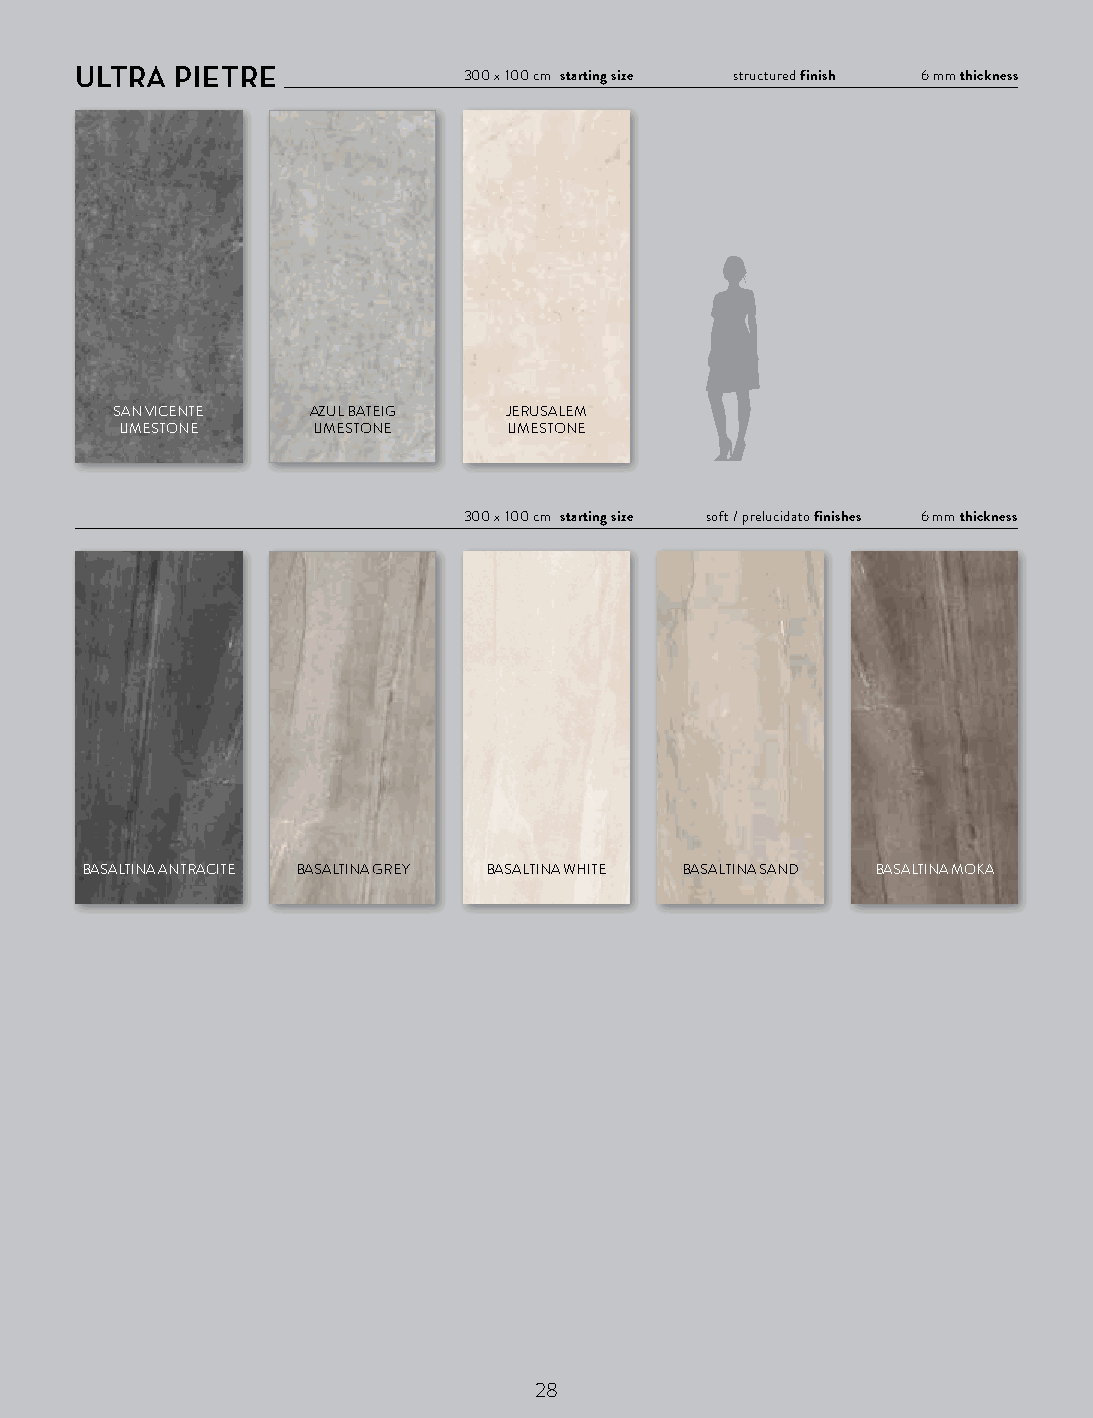
ULTRA  PIETRE
 300 x 100 cm starting size structured finish 6 mm thickness
 SAN VICENTE  AZUL BATEIG   JERUSALEM
 LIMESTONE    LIMESTONE    LIMESTONE
 300 x 100 cm starting size soft / prelucidato finishes 6 mm thickness
 BASALTINA ANTRACITE BASALTINA GREY BASALTINA WHITE BASALTINA SAND BASALTINA MOKA
 28